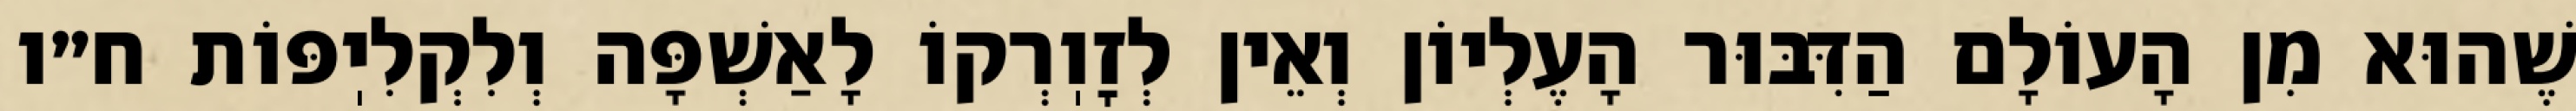
שֶׁהוּא מִן הָעוֹלָם הַדִּבּוּר הָעֶלְיוֹן וְאֵין לְזׇוֽרְקוֹ לָאַשְׁפָּה וְלִקְלִיֽפּוֹת ח״ו